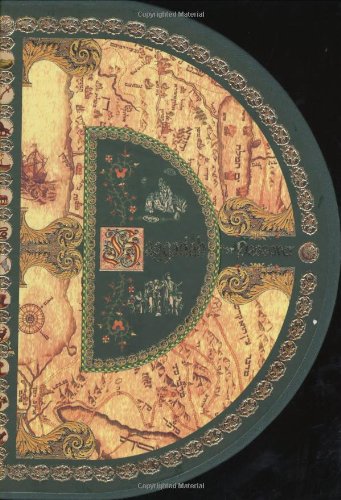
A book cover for The Round Haggadah Hebrew - English (English and Hebrew Edition); Religion & Spirituality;